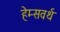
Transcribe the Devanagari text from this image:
हेम्सवर्थ